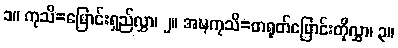
၁။ ကုသိ=မြောင်းရှည်လွှာ၊ ၂။ အဍ္ဎကုသိ=တရုတ်မြောင်းတိုလွှာ၊ ၃။